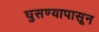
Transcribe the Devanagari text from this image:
घुसण्यापासून